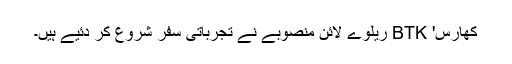
کھارس' BTK ریلوے لائن منصوبے نے تجرباتی سفر شروع کر دئیے ہیں۔